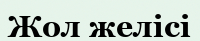
Жол желісі